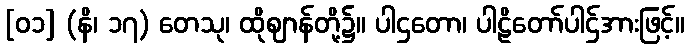
[၀၁] (နိ၊ ၁၇) တေသု၊ ထိုဈာန်တို့၌။ ပါဌတော၊ ပါဠိတော်ပါဌ်အားဖြင့်။